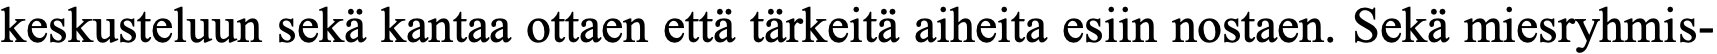
keskusteluun sekä kantaa ottaen että tärkeitä aiheita esiin nostaen. Sekä miesryhmis-